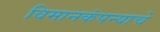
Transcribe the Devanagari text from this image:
विमानकंपन्याचे